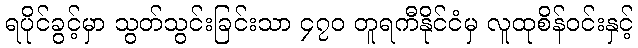
ရပိုင်ခွင့်မှာ သွတ်သွင်းခြင်းသာ ၄၇၀ တူရကီနိုင်ငံမှ လူထုစိန်ဝင်းနှင့်